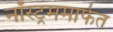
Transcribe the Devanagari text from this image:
नॉस्ट्रममार्फत